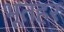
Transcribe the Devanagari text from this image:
भूतहर